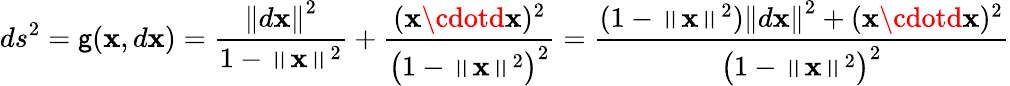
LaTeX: ds^{2}=\mathsf{g}(\mathbf{{x}},d\mathbf{{x}})={\frac{{\left\| d\mathbf{{x}}\right\| ^{2}}}{{1-\left\| \mathbf{{x}}\right\| ^{2}}}}+{\frac{{(\mathbf{{x}}\cdotd\mathbf{{x}})^{2}}}{{{\bigl(}1-\left\| \mathbf{{x}}\right\| ^{2}{\bigr)}^{2}}}}={\frac{{(1-\left\| \mathbf{{x}}\right\| ^{2})\left\| d\mathbf{{x}}\right\| ^{2}+(\mathbf{{x}}\cdotd\mathbf{{x}})^{2}}}{{{\bigl(}1-\left\| \mathbf{{x}}\right\| ^{2}{\bigr)}^{2}}}}